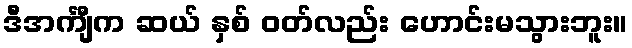
ဒီအင်္ကျီက ဆယ် နှစ် ဝတ်လည်း ဟောင်းမသွားဘူး။